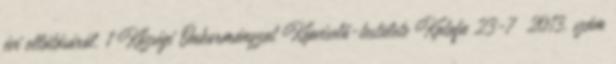
évi ellátásáról. 1 Községi Önkormányzat Képviselő-testülete Katafa 23-7 2013. szám